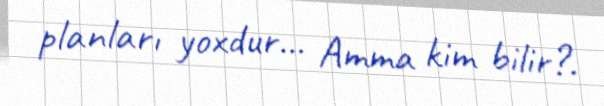
planları yoxdur... Amma kim bilir?.